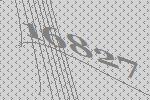
16827